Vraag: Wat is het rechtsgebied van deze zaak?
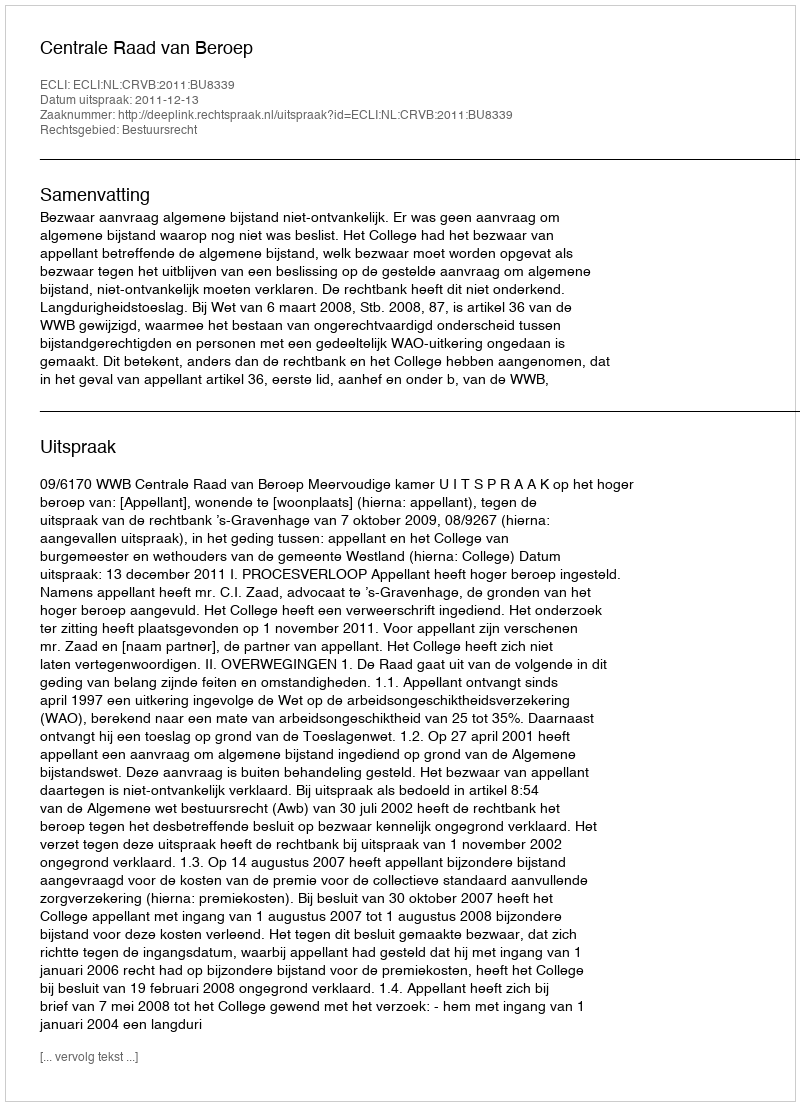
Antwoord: Bestuursrecht